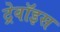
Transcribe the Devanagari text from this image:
ट्रेवॉइस